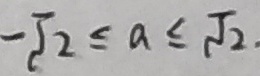
- \sqrt { 2 } \leq a \leq \sqrt { 2 } .